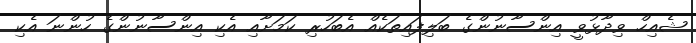
ޝެއިހް ވިދާޅުވީ އިންސާނުންގެ ބަލިފައިތަކެއް އެބަހުރި ކަމަށާއި އެކި އިންސާނުންގެ ހުންނަ އެކި